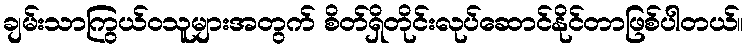
ချမ်းသာကြွယ်ဝသူများအတွက် စိတ်ရှိတိုင်းလုပ်ဆောင်နိုင်တာဖြစ်ပါတယ်။